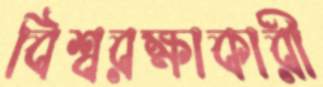
বিশ্বরক্ষাকারী